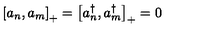
\left[ a _ { n } , a _ { m } \right] _ { + } = \left[ a _ { n } ^ { \dagger } , a _ { m } ^ { \dagger } \right] _ { + } = 0